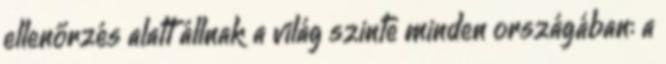
ellenőrzés alatt állnak a világ szinte minden országában: a